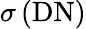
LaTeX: \sigma\, (\mathrm{DN})